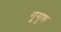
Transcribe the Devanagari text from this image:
गुगुश